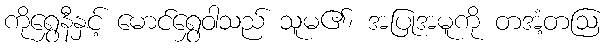
ကိုရွှေနီနှင့် မောင်ရွှေဝါသည် သူမ၏၊ အပြုအမူကို တအံ့တဩ